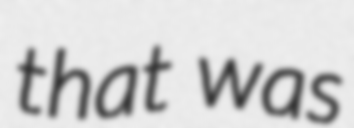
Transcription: that was